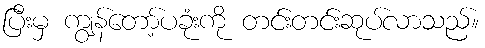
ပြီးမှ ကျွန်တော့်ပခုံးကို တင်းတင်းဆုပ်လာသည်။